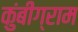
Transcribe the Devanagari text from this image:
कुंबीग्राम